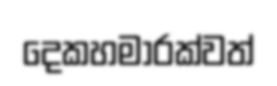
දෙකහමාරක්වත්